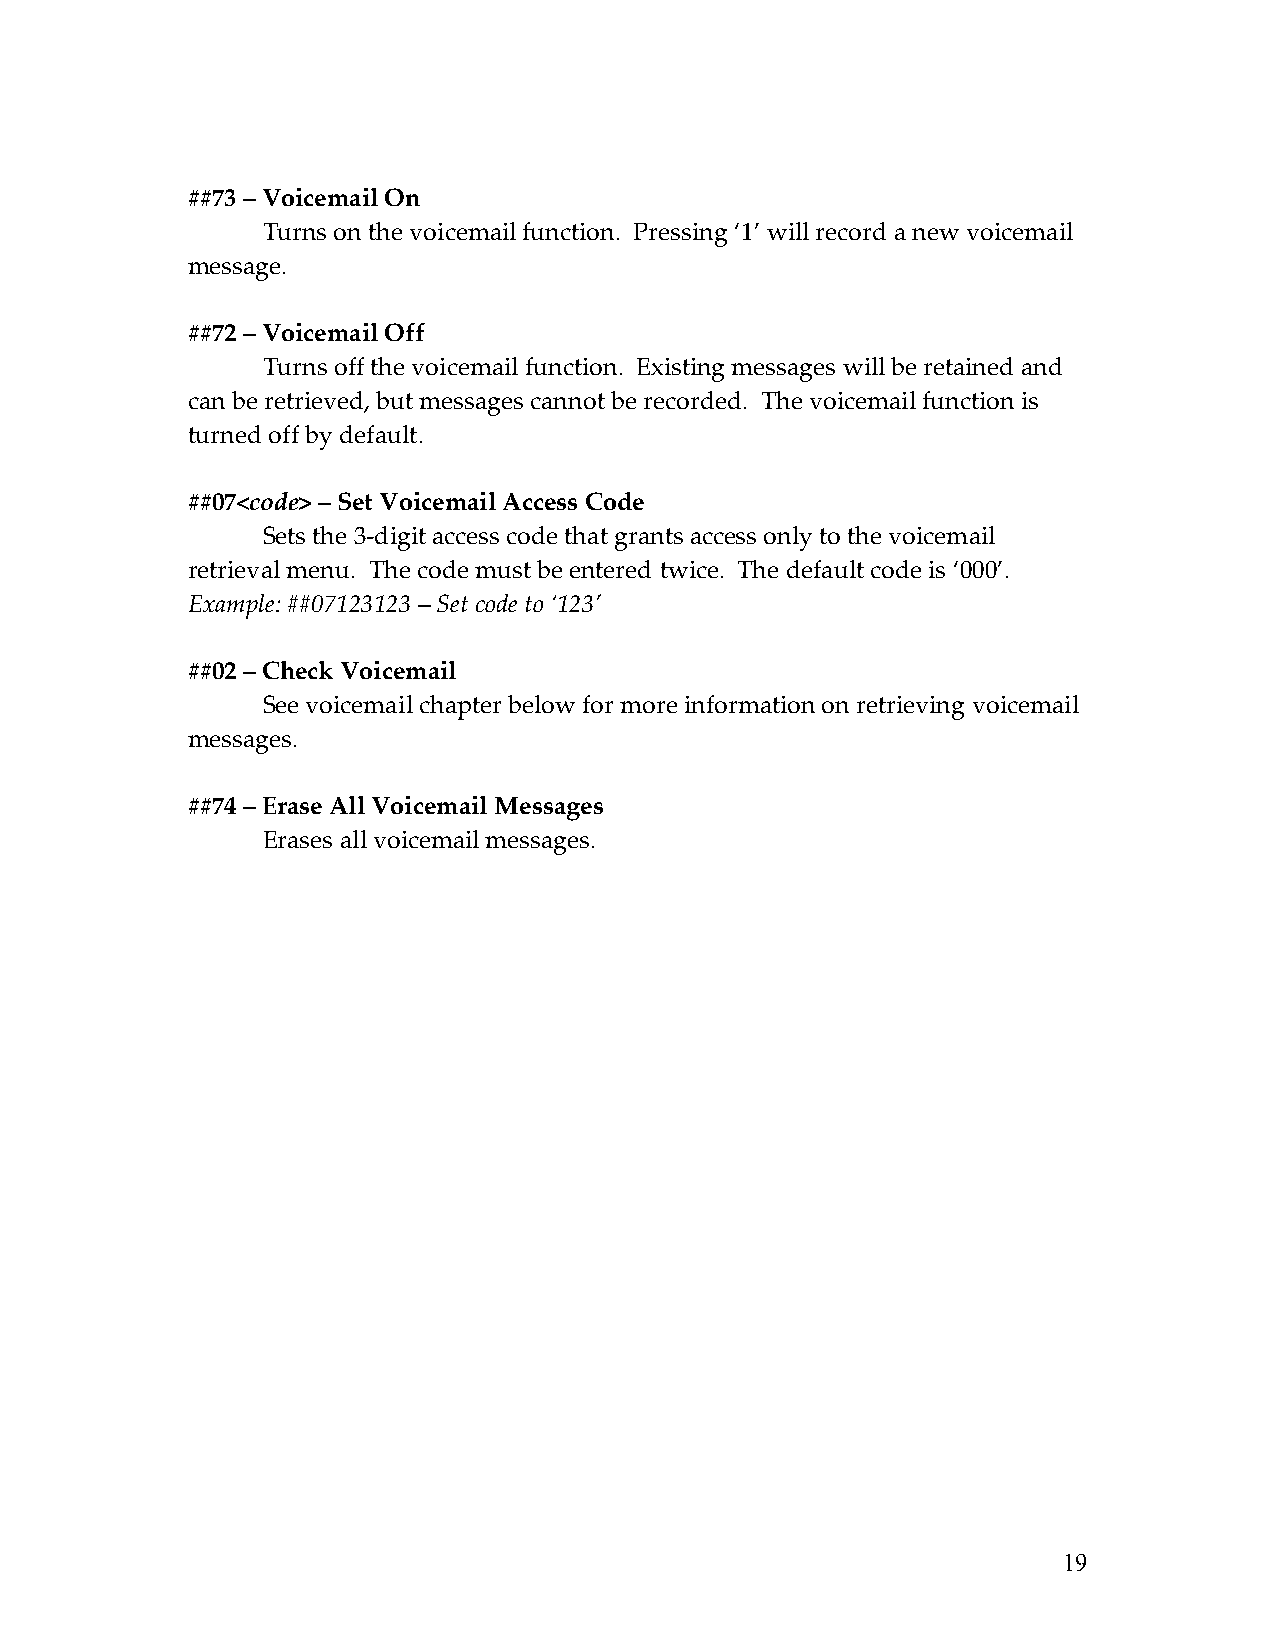
##73 – Voicemail On
 Turns on the voicemail function. Pressing ‘1’ will record a new voicemail
 message.
 ##72 – Voicemail Off
 Turns off the voicemail function. Existing messages will be retained and
 can be retrieved, but messages cannot be recorded. The voicemail function is
 turned off by default.
 ##07<code> – Set Voicemail Access Code
 Sets the 3-digit access code that grants access only to the voicemail
 retrieval menu. The code must be entered twice. The default code is ‘000’.
 Example: ##07123123 – Set code to ‘123’
 ##02 – Check Voicemail
 See voicemail chapter below for more information on retrieving voicemail
 messages.
 ##74 – Erase All Voicemail Messages
 Erases all voicemail messages.
 19